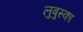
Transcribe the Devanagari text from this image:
लुबुस्का